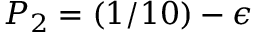
P _ { 2 } = ( 1 / 1 0 ) - \epsilon